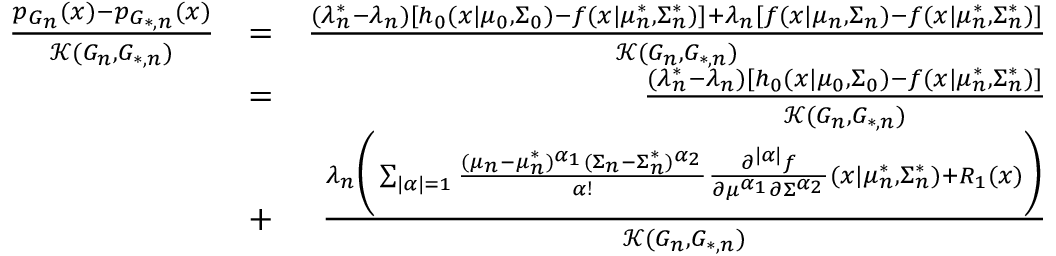
\begin{array} { r l r } { \frac { p _ { G _ { n } } ( x ) - p _ { G _ { * , n } } ( x ) } { \mathcal { K } ( G _ { n } , G _ { * , n } ) } } & { = } & { \frac { ( \lambda _ { n } ^ { * } - \lambda _ { n } ) [ h _ { 0 } ( x | \mu _ { 0 } , \Sigma _ { 0 } ) - f ( x | \mu _ { n } ^ { * } , \Sigma _ { n } ^ { * } ) ] + \lambda _ { n } [ f ( x | \mu _ { n } , \Sigma _ { n } ) - f ( x | \mu _ { n } ^ { * } , \Sigma _ { n } ^ { * } ) ] } { \mathcal { K } ( G _ { n } , G _ { * , n } ) } } \\ & { = } & { \frac { ( \lambda _ { n } ^ { * } - \lambda _ { n } ) [ h _ { 0 } ( x | \mu _ { 0 } , \Sigma _ { 0 } ) - f ( x | \mu _ { n } ^ { * } , \Sigma _ { n } ^ { * } ) ] } { \mathcal { K } ( G _ { n } , G _ { * , n } ) } } \\ & { + } & { \frac { \lambda _ { n } \biggr ( \sum _ { | \alpha | = 1 } \frac { ( \mu _ { n } - \mu _ { n } ^ { * } ) ^ { \alpha _ { 1 } } ( \Sigma _ { n } - \Sigma _ { n } ^ { * } ) ^ { \alpha _ { 2 } } } { \alpha ! } \frac { \partial ^ { | \alpha | } { f } } { \partial { \mu ^ { \alpha _ { 1 } } } \partial { \Sigma ^ { \alpha _ { 2 } } } } ( x | \mu _ { n } ^ { * } , \Sigma _ { n } ^ { * } ) + R _ { 1 } ( x ) \biggr ) } { \mathcal { K } ( G _ { n } , G _ { * , n } ) } } \end{array}